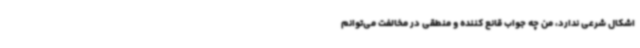
اشکال شرعی ندارد، من چه جواب قانع کننده و منطقی در مخالفت می‌توانم